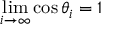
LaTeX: \operatorname* { l i m } _ { i \rightarrow \infty } \cos \theta _ { i } = 1